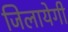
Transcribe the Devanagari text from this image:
जिलायेगी